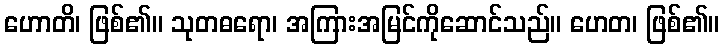
ဟောတိ၊ ဖြစ်၏။ သုတဓရော၊ အကြားအမြင်ကိုဆောင်သည်။ ဟေတ၊ ဖြစ်၏။